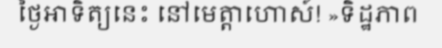
ថ្ងៃអាទិត្យនេះ នៅមេត្តាហោស៍! »ទិដ្ឋភាព